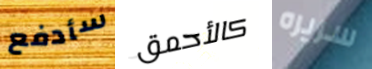
سأدفع كالأحمق سريره